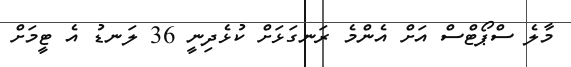
މާލެ ސްޕޯޓްސް އަށް އެންމެ ރަނގަޅަށް ކުޅެދިނީ 36 ލަނޑު އެ ޓީމަށް